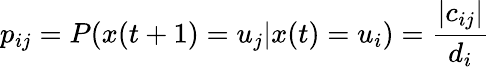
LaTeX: p_{ij}=P(x(t+1)=u_{j}|x(t)=u_{i})=\frac{|c_{ij}|}{d_{i}}